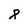
Character: 8